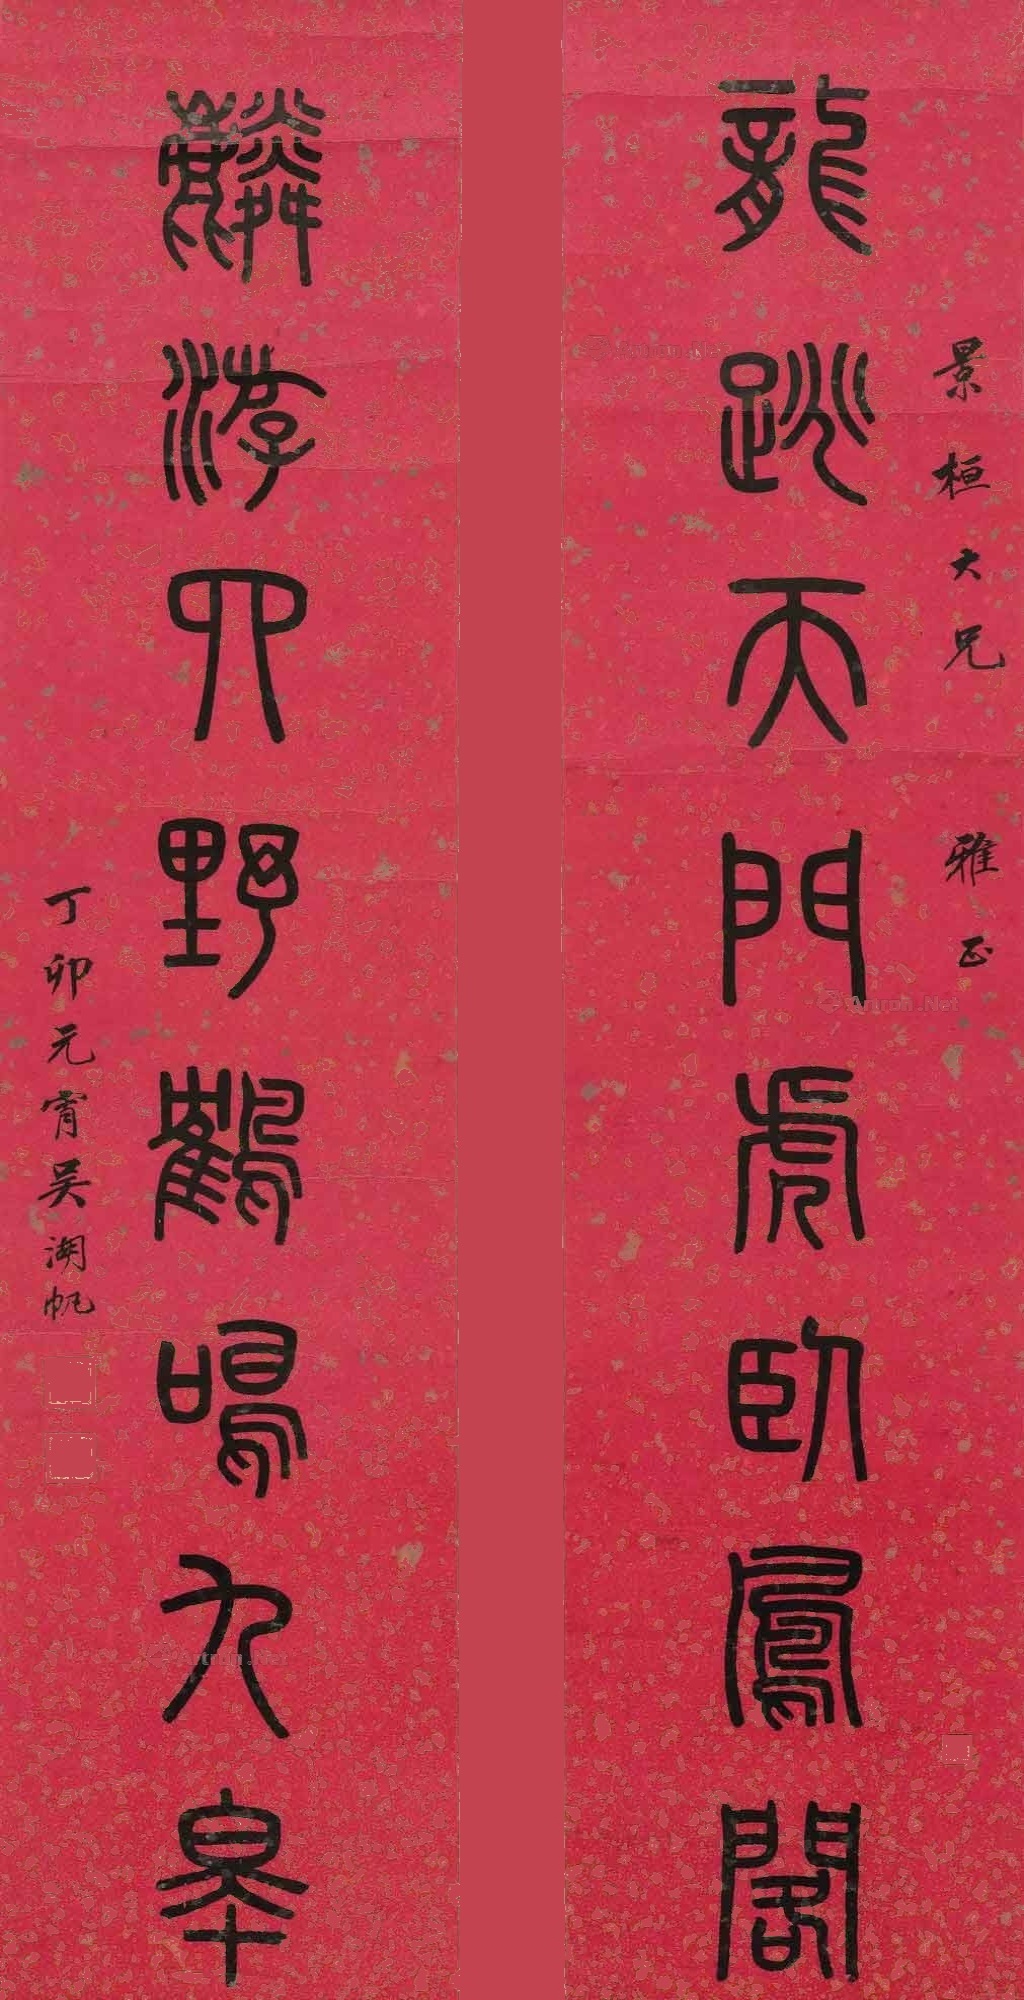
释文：龙跳天门虎卧凤阁，麟游四野鹤鸣九皋景桓大兄雅正。丁卯元宵，吴湖帆。